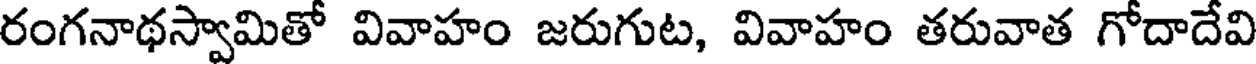
రంగనాథస్వామితో వివాహం జరుగుట, వివాహం తరువాత గోదాదేవి